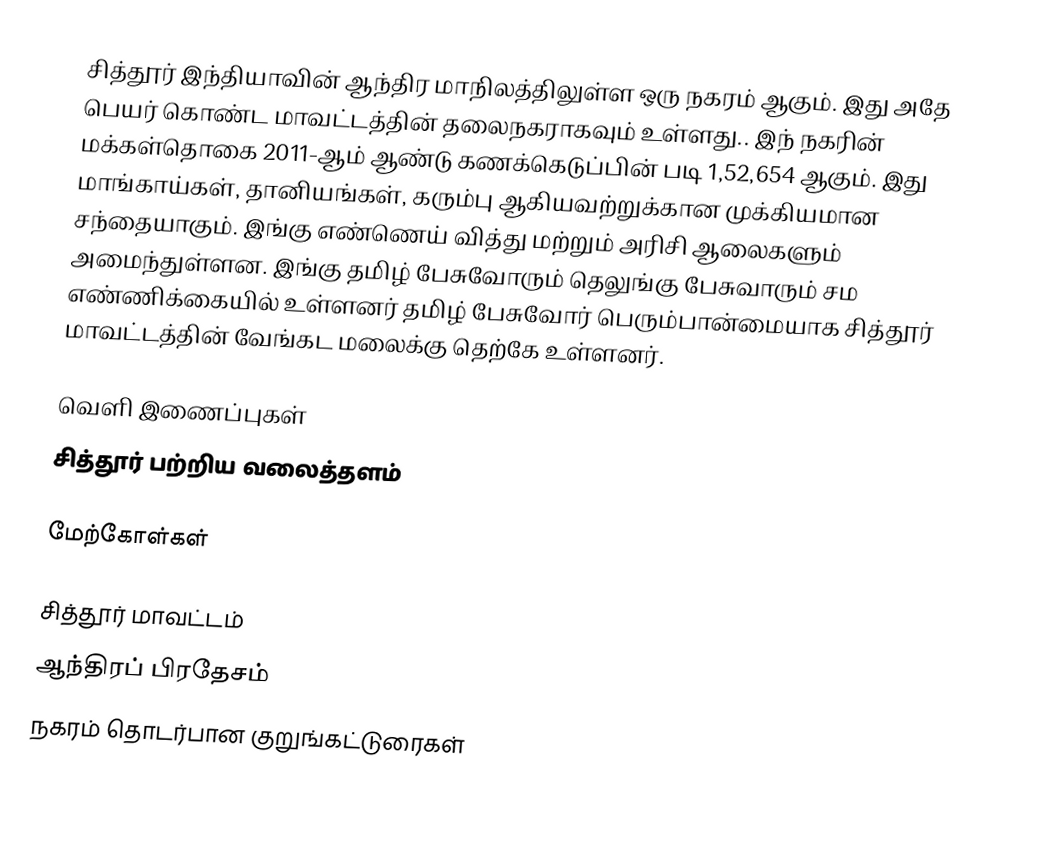
சித்தூர் இந்தியாவின் ஆந்திர மாநிலத்திலுள்ள ஒரு நகரம் ஆகும். இது அதே பெயர் கொண்ட மாவட்டத்தின் தலைநகராகவும் உள்ளது.. இந் நகரின் மக்கள்தொகை 2011-ஆம் ஆண்டு கணக்கெடுப்பின் படி 1,52,654 ஆகும். இது மாங்காய்கள், தானியங்கள், கரும்பு ஆகியவற்றுக்கான முக்கியமான சந்தையாகும். இங்கு எண்ணெய் வித்து மற்றும் அரிசி ஆலைகளும் அமைந்துள்ளன. இங்கு தமிழ் பேசுவோரும் தெலுங்கு பேசுவாரும் சம எண்ணிக்கையில் உள்ளனர் தமிழ் பேசுவோர் பெரும்பான்மையாக சித்தூர் மாவட்டத்தின் வேங்கட மலைக்கு தெற்கே உள்ளனர்.

வெளி இணைப்புகள்
சித்தூர் பற்றிய வலைத்தளம்

மேற்கோள்கள்

சித்தூர் மாவட்டம்
ஆந்திரப் பிரதேசம்
நகரம் தொடர்பான குறுங்கட்டுரைகள்